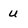
Character: u